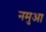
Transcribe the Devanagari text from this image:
नमुआ